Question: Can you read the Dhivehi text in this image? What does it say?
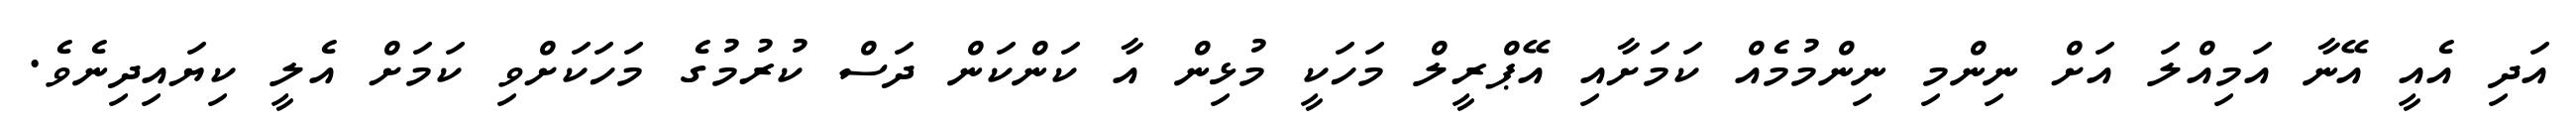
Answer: އަދި އެއީ އޭނާ އަމިއްލަ އަށް ނިންމި ނިންމުމެއް ކަމަށާއި އޭޕްރީލް މަހަކީ މުޅިން އާ ކަންކަން ދަސް ކުރުމުގެ މަހަކަށްވި ކަމަށް އެލީ ކިޔައިދިނެވެ.